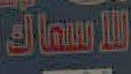
للأسماك